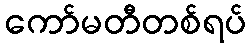
ကော်မတီတစ်ရပ်